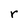
Character: r